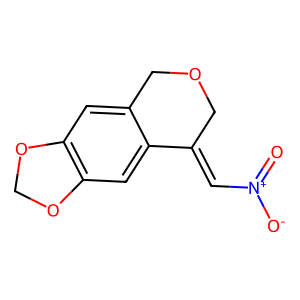
SMILES: O=[N+]([O-])C=C1COCc2cc3c(cc21)OCO3
Inhibits HIV replication: No